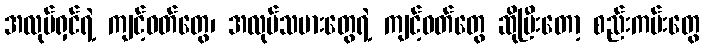
အလုပ်ရှင်ရဲ့ ကျင့်ဝတ်တွေ၊ အလုပ်သမားတွေရဲ့ ကျင့်ဝတ်တွေ ဆိုပြီးတော့ စည်းကမ်းတွေ